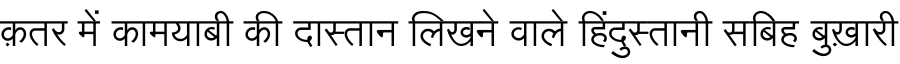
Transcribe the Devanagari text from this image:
क़तर में कामयाबी की दास्तान लिखने वाले हिंदुस्तानी सबिह बुख़ारी